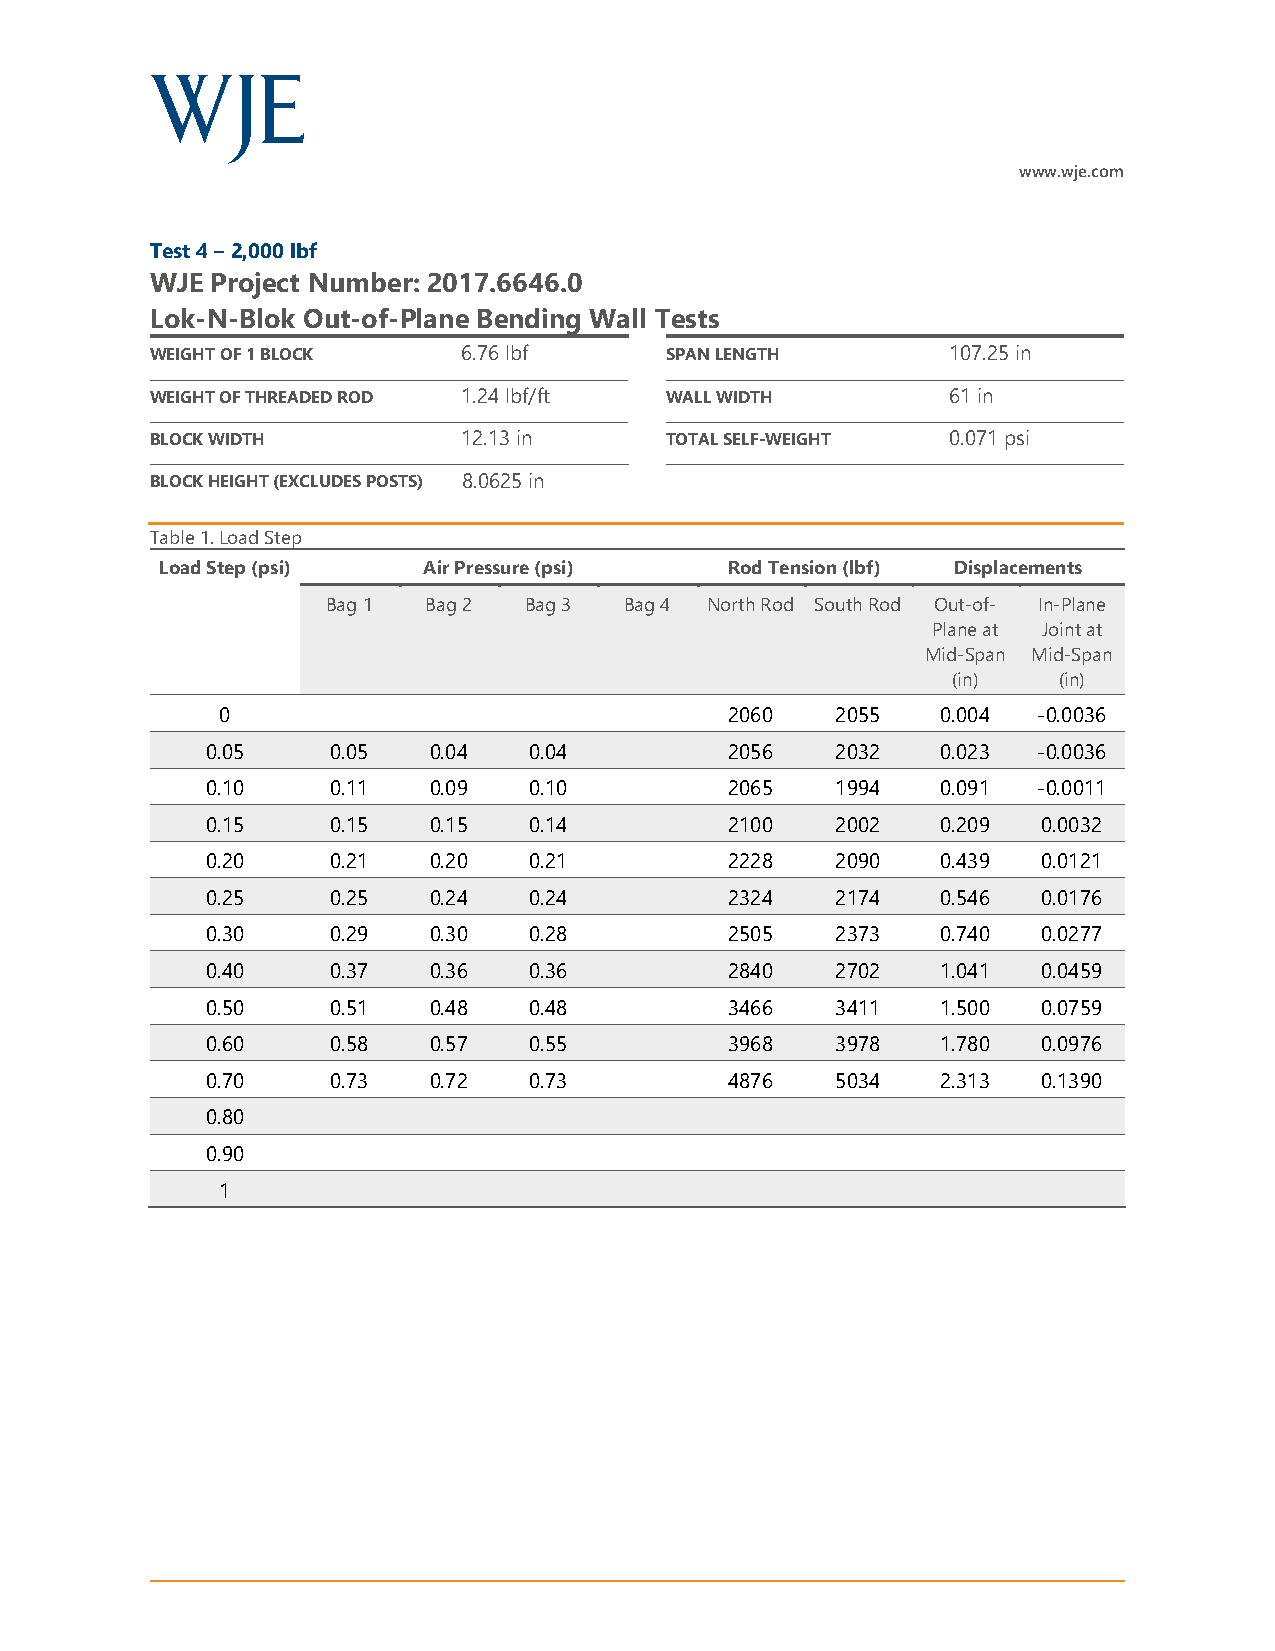
www.wje.com
 Test 4 – 2,000 lbf
 WJE Project Number: 2017.6646.0
 Lok-N-Blok Out-of-Plane Bending Wall Tests
 WEIGHT OF 1 BLOCK    6.76 lbf     SPAN LENGTH        107.25 in
 WEIGHT OF THREADED ROD 1.24 lbf/ft WALL WIDTH        61 in
 BLOCK WIDTH          12.13 in     TOTAL SELF-WEIGHT  0.071 psi
 BLOCK HEIGHT (EXCLUDES POSTS) 8.0625 in
 Table 1. Load Step
 Load Step (psi)  Air Pressure (psi)  Rod Tension (lbf) Displacements
 Bag 1 Bag 2  Bag 3 Bag 4 North Rod South Rod Out-of- In-Plane
 Plane at Joint at
 Mid-Span Mid-Span
 (in)   (in)
 0                                2060   2055   0.004  -0.0036
 0.05    0.05  0.04   0.04         2056   2032   0.023  -0.0036
 0.10    0.11  0.09   0.10         2065   1994   0.091  -0.0011
 0.15    0.15  0.15   0.14         2100   2002   0.209  0.0032
 0.20    0.21  0.20   0.21         2228   2090   0.439  0.0121
 0.25    0.25  0.24   0.24         2324   2174   0.546  0.0176
 0.30    0.29  0.30   0.28         2505   2373   0.740  0.0277
 0.40    0.37  0.36   0.36         2840   2702   1.041  0.0459
 0.50    0.51  0.48   0.48         3466   3411   1.500  0.0759
 0.60    0.58  0.57   0.55         3968   3978   1.780  0.0976
 0.70    0.73  0.72   0.73         4876   5034   2.313  0.1390
 0.80
 0.90
 1